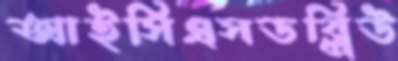
আইসিএসডব্লিউ